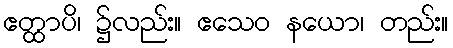
ဧတ္ထာပိ၊ ၌လည်း။ ဧသေဝ နယော၊ တည်း။